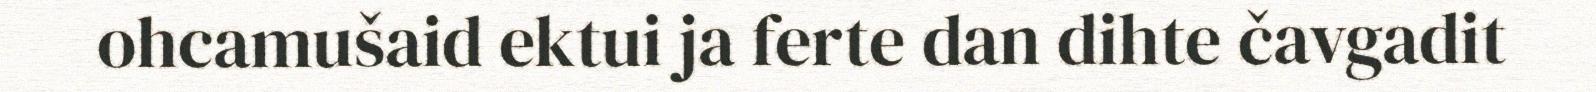
ohcamušaid ektui ja ferte dan dihte čavgadit